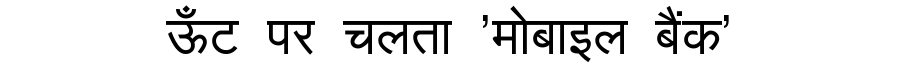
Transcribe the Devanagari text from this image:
ऊँट पर चलता 'मोबाइल बैंक'